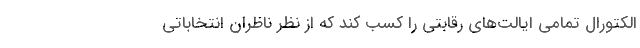
الکتورال تمامی ایالت‌های رقابتی را کسب کند که از نظر ناظران انتخاباتی